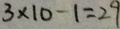
3 \times 1 0 - 1 = 2 9